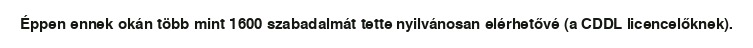
Éppen ennek okán több mint 1600 szabadalmát tette nyilvánosan elérhetővé (a CDDL licencelőknek).